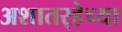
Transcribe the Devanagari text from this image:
अशातर्‍हेच्या